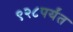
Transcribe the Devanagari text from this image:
९२८पर्यंत